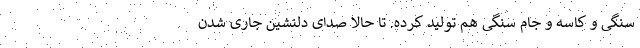
سنگی و کاسه و جام سنگی هم تولید کرده. تا حالا صدای دلنشین جاری شدن